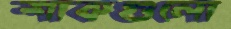
শাকগুলো